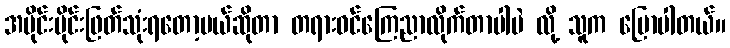
အပိုင်းပိုင်းဖြတ်သုံးရတော့မယ်ဆိုတာ တရားဝင်ကြေညာလိုက်တာပါပဲ လို့ သူက ပြောပါတယ်။